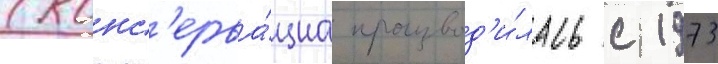
(конс'ерва́циа производ'и́лась с 1973